Report on horse surra - Volume I
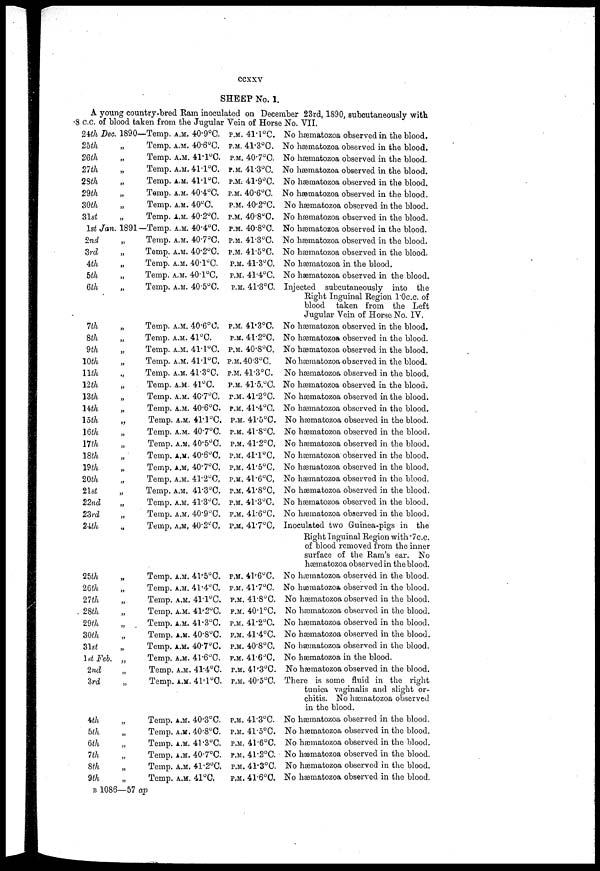
ccxxv
SHEEP No. 1.
A young country-bred Ram inoculated on December 23rd, 1890, aubcutaneously with
8 c.c. of blood taken from the Jugular Vein of Horse No. VII.
24th Dec.
25th
26th
27th
28th
29th
30th
31st
1st Jan.
2nd
3rd
4th
5th
6th
7th
8th
9th
10th
11th
12th
13th
14th
15th
16th
17th
18th
19th
20th
21st
22nd
23rd
24th
25th
26th
27th
28th
29th
30th
31st
1st Feb.
2nd
3rd
4th
5th
6th
7th
8th
9th
1890-Temp. A.M. 40.9°C.
„
„
„
„
„
„
„
Temp. A.M. 40.6°C.
Temp. A.M. 41.1°C.
Temp. A.M. 41.1°C.
Temp. A.M. 41.1°C.
Temp. A.M. 40.4°C.
Temp. A.M. 40°C.
Temp. A.M. 40.2°C.
1891-Temp. A.M. 40.4°C.
„
„
„
„
„
„
„
„
„
„
„
„
„
„
„
„
„
„
„
„
„
„
„
„
„
„
„
„
„
„
„
„
„
„
„
„
„
„
„
Temp. A.M. 40.7°C.
Temp. A.M. 40.2°C.
Temp. A.M. 40.1°C.
Temp. A.M. 40.1°C.
Temp. A.M. 40.5°C.
Temp. A.M. 40.6°C.
Temp. A.M. 41°C.
Temp. A.M. 41.1 °C.
Temp. A.M. 41.1°C.
Temp. A.M. 41.3°C.
Temp. A.M. 41°C.
Temp. A.M. 40.7°C.
Temp. A.M. 40.6°C
Temp. A.M. 41.1°C.
Temp. A.M. 40.7°C.
Temp. A.M. 40.5°C.
Temp. A.M. 40.6°C.
Temp. A.M. 40.7°C.
Temp. A.M. 41.2°C.
Temp. A.M. 41.3°C.
Temp. A.M. 41.3°C.
Temp. A.M. 40.9°C.
Temp. A.M. 40.2°C.
Temp. A.M. 41.5°C.
Temp. A.M. 41.4°C.
Temp. A.M. 41.1°C.
Temp. A.M. 41.2°C.
Temp. A.M. 41.3°C.
Temp. A.M. 40..8°C.
Temp. A.M. 40.7°C.
Temp. A.M. 41.6°C.
Temp. A.M. 41.4°C.
Temp. A.M. 41.°C.
Temp. A.M. 40.3°C.
Temp. A.M. 40.8°C.
Temp. A.M. 41.3°C.
Temp. A.M. 40.7°C.
Temp. A.M. 41.2°C.
Temp. A.M. 41°C.
P.M. 41.1°C.
P.M. 41.3°C.
P.M. 40.7°C.
P.M. 41.3°C.
P.M. 41.9°C.
P.M. 40.6°C.
P.M. 40.2°C.
P.M. 40.8°C.
P.M. 40.8°C.
P.M. 41.3°C.
P.M. 41.5°C.
P.M. 41.3°C.
P.M. 41.4°C.
P.M. 41.3°C.
P.M. 41.3°C.
P.M. 41.2°C.
P.M. 40.8°C.
P.M. 40.3°C.
P.M. 41.3°C.
P.M. 41.5.°C.
P.M. 41.2°C.
P.M. 41.4°C.
P.M. 41.5°C.
P.M. 41.8°C.
P.M. 41.2°C.
P.M. 41.1°C.
P.M. 41.5°C.
P.M. 41.6°C.
P.M. 41.8°C.
P.M. 41.3°C.
P.M. 41.6°C.
P.M. 41.7°C
P.M. 41.6°C.
P.M. 41.7°C.
P.M. 41.8°C.
P.M. 40.1°C.
P.M. 41.2°C.
P.M. 41.4°C.
P.M. 40.8°C.
P.M. 41.6°C.
P.M. 41.3°C.
P.M. 40.5°C.
P.M. 41.3°C.
P.M. 41.5°C.
P.M. 41.6°C.
P.M. 41.2°C.
P.M. 41.3°C.
P.M. 41.6°C.
No hæmatozoa observed in the blood.
No hæmatozoa observed in the blood.
No hæmatozoa observed in the blood.
No hæmatozoa observed in the blood.
No hæmatozoa observed in the blood.
No hæmatozoa observed in the blood.
No hæmatozoa observed in the blood.
No hæmatozoa observed in the blood.
No hæmatozoa observed in the blood.
No hæmatozoa observed in the blood.
No hæmatozoa observed in the blood.
No hæmatozoa in the blood.
No hæmatozoa observed in the blood.
Injected subcutaneously into the
Right Inguinal Region 1.0c.c. of
blood taken from the Left
Jugular Vein of Horse No. IV.
No hæmatozoa observed in the blood.
No hæmatozoa observed in the blood.
No hæmatozoa observed in the blood.
No hæmatozoa observed in the blood.
No hæmatozoa observed in the blood.
No hæmatozoa observed in the blood.
No hæmatozoa observed in the blood.
No hæmatozoa observed in the blood.
No hæmatozoa observed in the blood.
No hæmatozoa observed in the blood.
No hæmatozoa observed in the blood.
No hæmatozoa observed in the blood.
No hæmatozoa observed in the blood.
No hæmatozoa observed in the blood.
No hæmatozoa observed in the blood.
No hæmatozoa observed in the blood.
No hæmatozoa observed in the blood.
Inoculated two Guinea-pigs in the
Right Inguinal Region with .7C.C.
of blood removed from the inner
surface of the Ram's ear. No
hæmatozoa observed in the blood.
No hæmatozoa observed in the blood.
No hæmatozoa observed in the blood.
No hæmatozoa observed in the blood.
No hæmatozoa observed in the blood.
No hæmatozoa observed in the blood.
No hæmatozoa observed in the blood.
No hæmatozoa observed in the blood.
No hæmatozoa in the blood.
No hæmatozoa observed in the blood.
There is some fluid in the right
tunica vaginalis and slight or-
chitis. No hæmatozoa observed
in the blood.
No hæmatozoa observed in the blood.
No hæmatozoa observed in the blood.
No hæmatozoa observed in the blood.
No hæmatozoa observed in the blood.
No hæmatozoa observed in the blood.
No hæmatozoa observed in the blood.
B 1086—57 ap